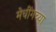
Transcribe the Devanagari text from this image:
मेचींगच्या